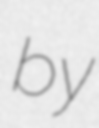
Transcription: by